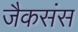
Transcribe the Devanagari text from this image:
जैकसंस